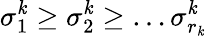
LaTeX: \sigma_{1}^{\mathit{k}}\ge\sigma_{2}^{\mathit{k}}\ge\dots\sigma_{r_{\mathit{k}}}^{\mathit{k}}